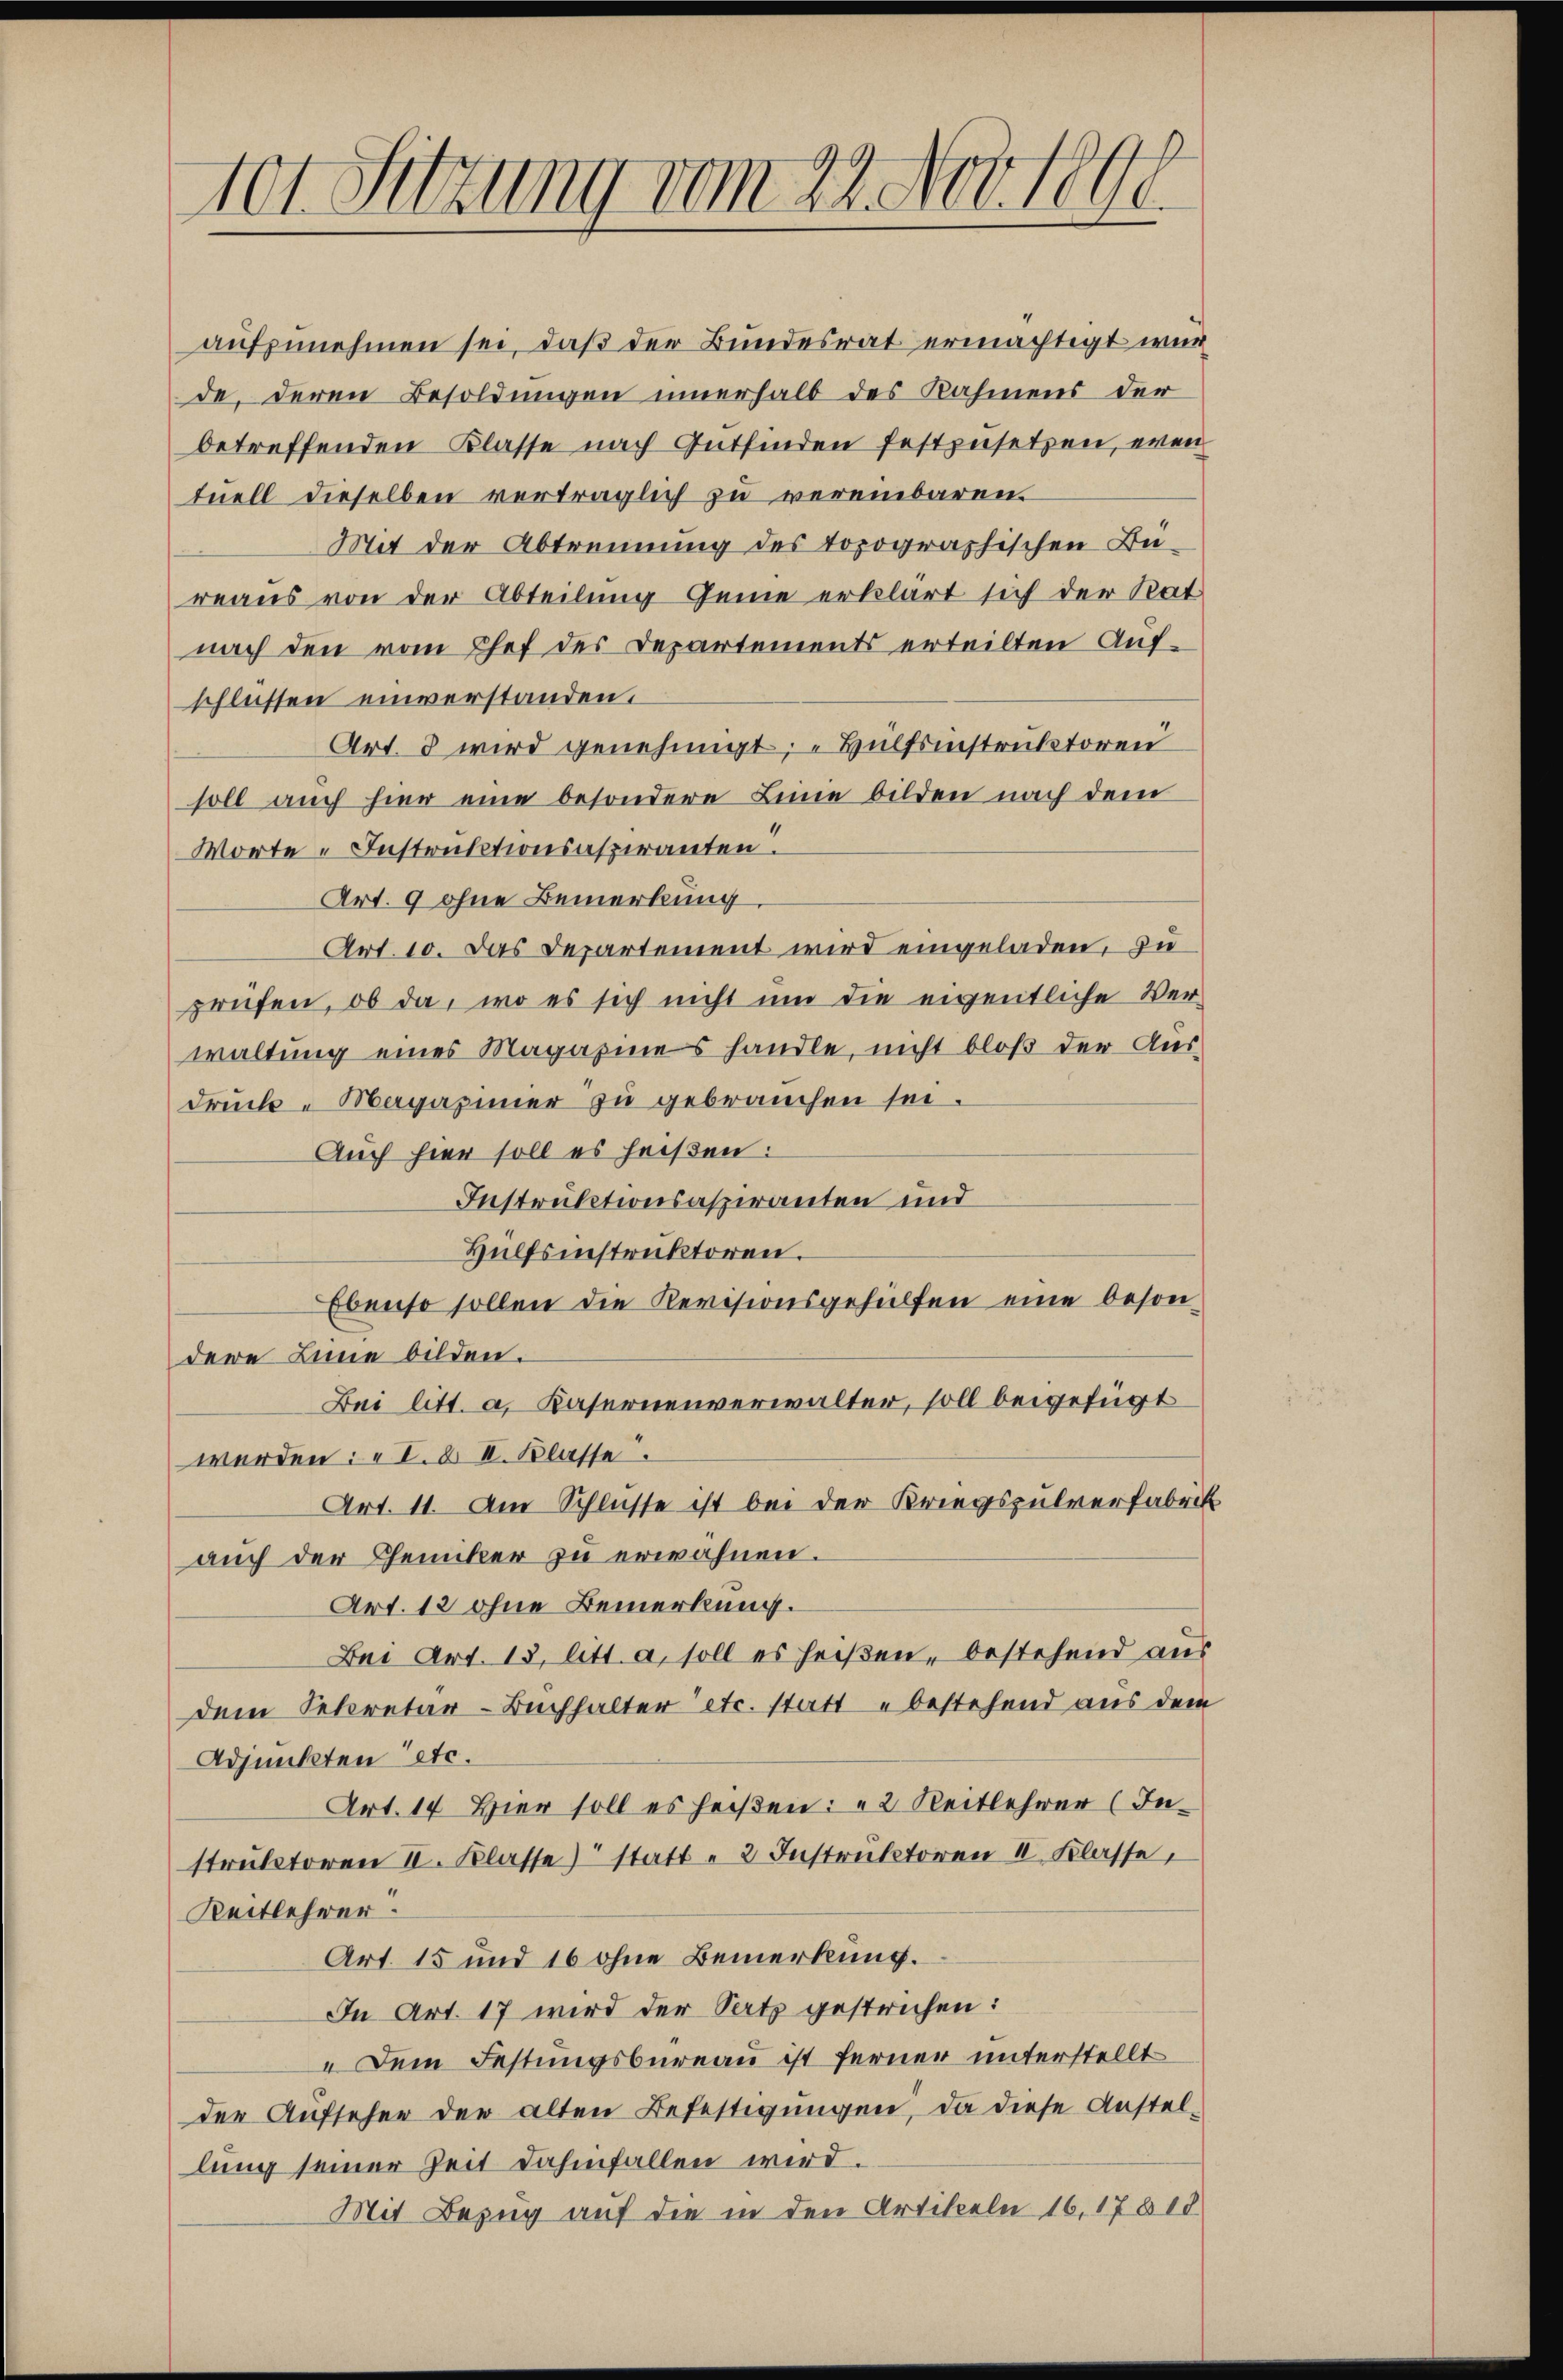
tor Sitzung vom 22. Nov. 1890.

aufzunehmen sei, daß der Bundesrat ermächtigt wur
de, deren Besoldungen innerhalb des Nahmens der
betreffenden Klasse nach Gutfinden festzusetzen, even
tuell dieselben verträglich zu vereinbaren
Mit der Abtrennung des topographischen Büreaus von der Abteilung Geme erklärt sich der Rat
nach den vom Chef des Departements erteilten Aufschlüssen einverstanden.
Art. 8 wird genehmigt; „Hülfsinstruktoren
soll auch hier eine besondere Linie bilden nach dem
Worte-Instruktionsaspiranten
Art. 9 ohne Bemerkung
Art. 10. Das Departement wird eingeladen, zu
prüfen, ob da, wo es sich nicht um die eigentliche Ver-
waltung eines Magazines handle, nicht bloß der Aus-
druck-Magazinier zu gebrauchen sei.
Auch hier soll es heißen:
Instruktionsaspiranten und
Hülfsinstruktoren.
Ebenso sollen die Revisionsgehülfen eine beson
dere Linie bilden.
Bei litt. a. Kasernenverwalter, soll beigefügt
werden: I. & II. Klasse
Art. 11. Am Schlüsse ist bei der Kriegspulverfabrik
auch der Chemiker zu erwähnen.
Art. 12 ohne Bemerkung.
Bei Art. 13. litt. a, soll es heißen, bestehend aus
dem Sekretär-Buchhalter etc. statt u bestehend aus dem
Adjunkten etc.
Art. 14. Hier soll es heißen: 2 Reitlehrer (In-
strŭktoren II. Klasse) statt - 2 Instruktoren I Klasse,
Reitlehrer.
Art. 15 und 16 ohne Bemerkung.
In Art. 17 wird der Satz gestrichen:
„Dem Festungsbureau ist ferner unterstellt
der Aufseher der alten Befestigungen, da diese Anstellung seiner Zeit dahinfallen wird.
Mit Bezug auf die in den Artikeln 16, 17818